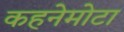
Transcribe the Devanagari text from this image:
कहनेमोटा